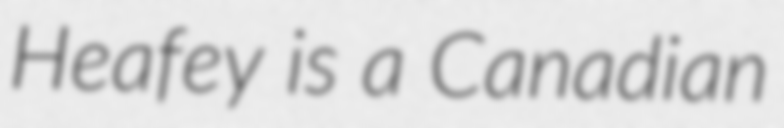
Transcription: Heafey is a Canadian